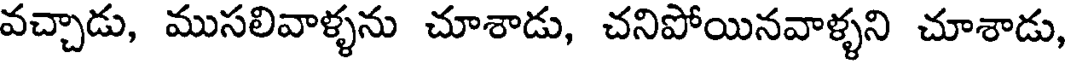
వచ్చాడు, ముసలివాళ్ళను చూశాడు, చనిపోయినవాళ్ళని చూశాడు,